Eesti_Esindaja_Kaug-Idas_ja_Hiinas, lk 13
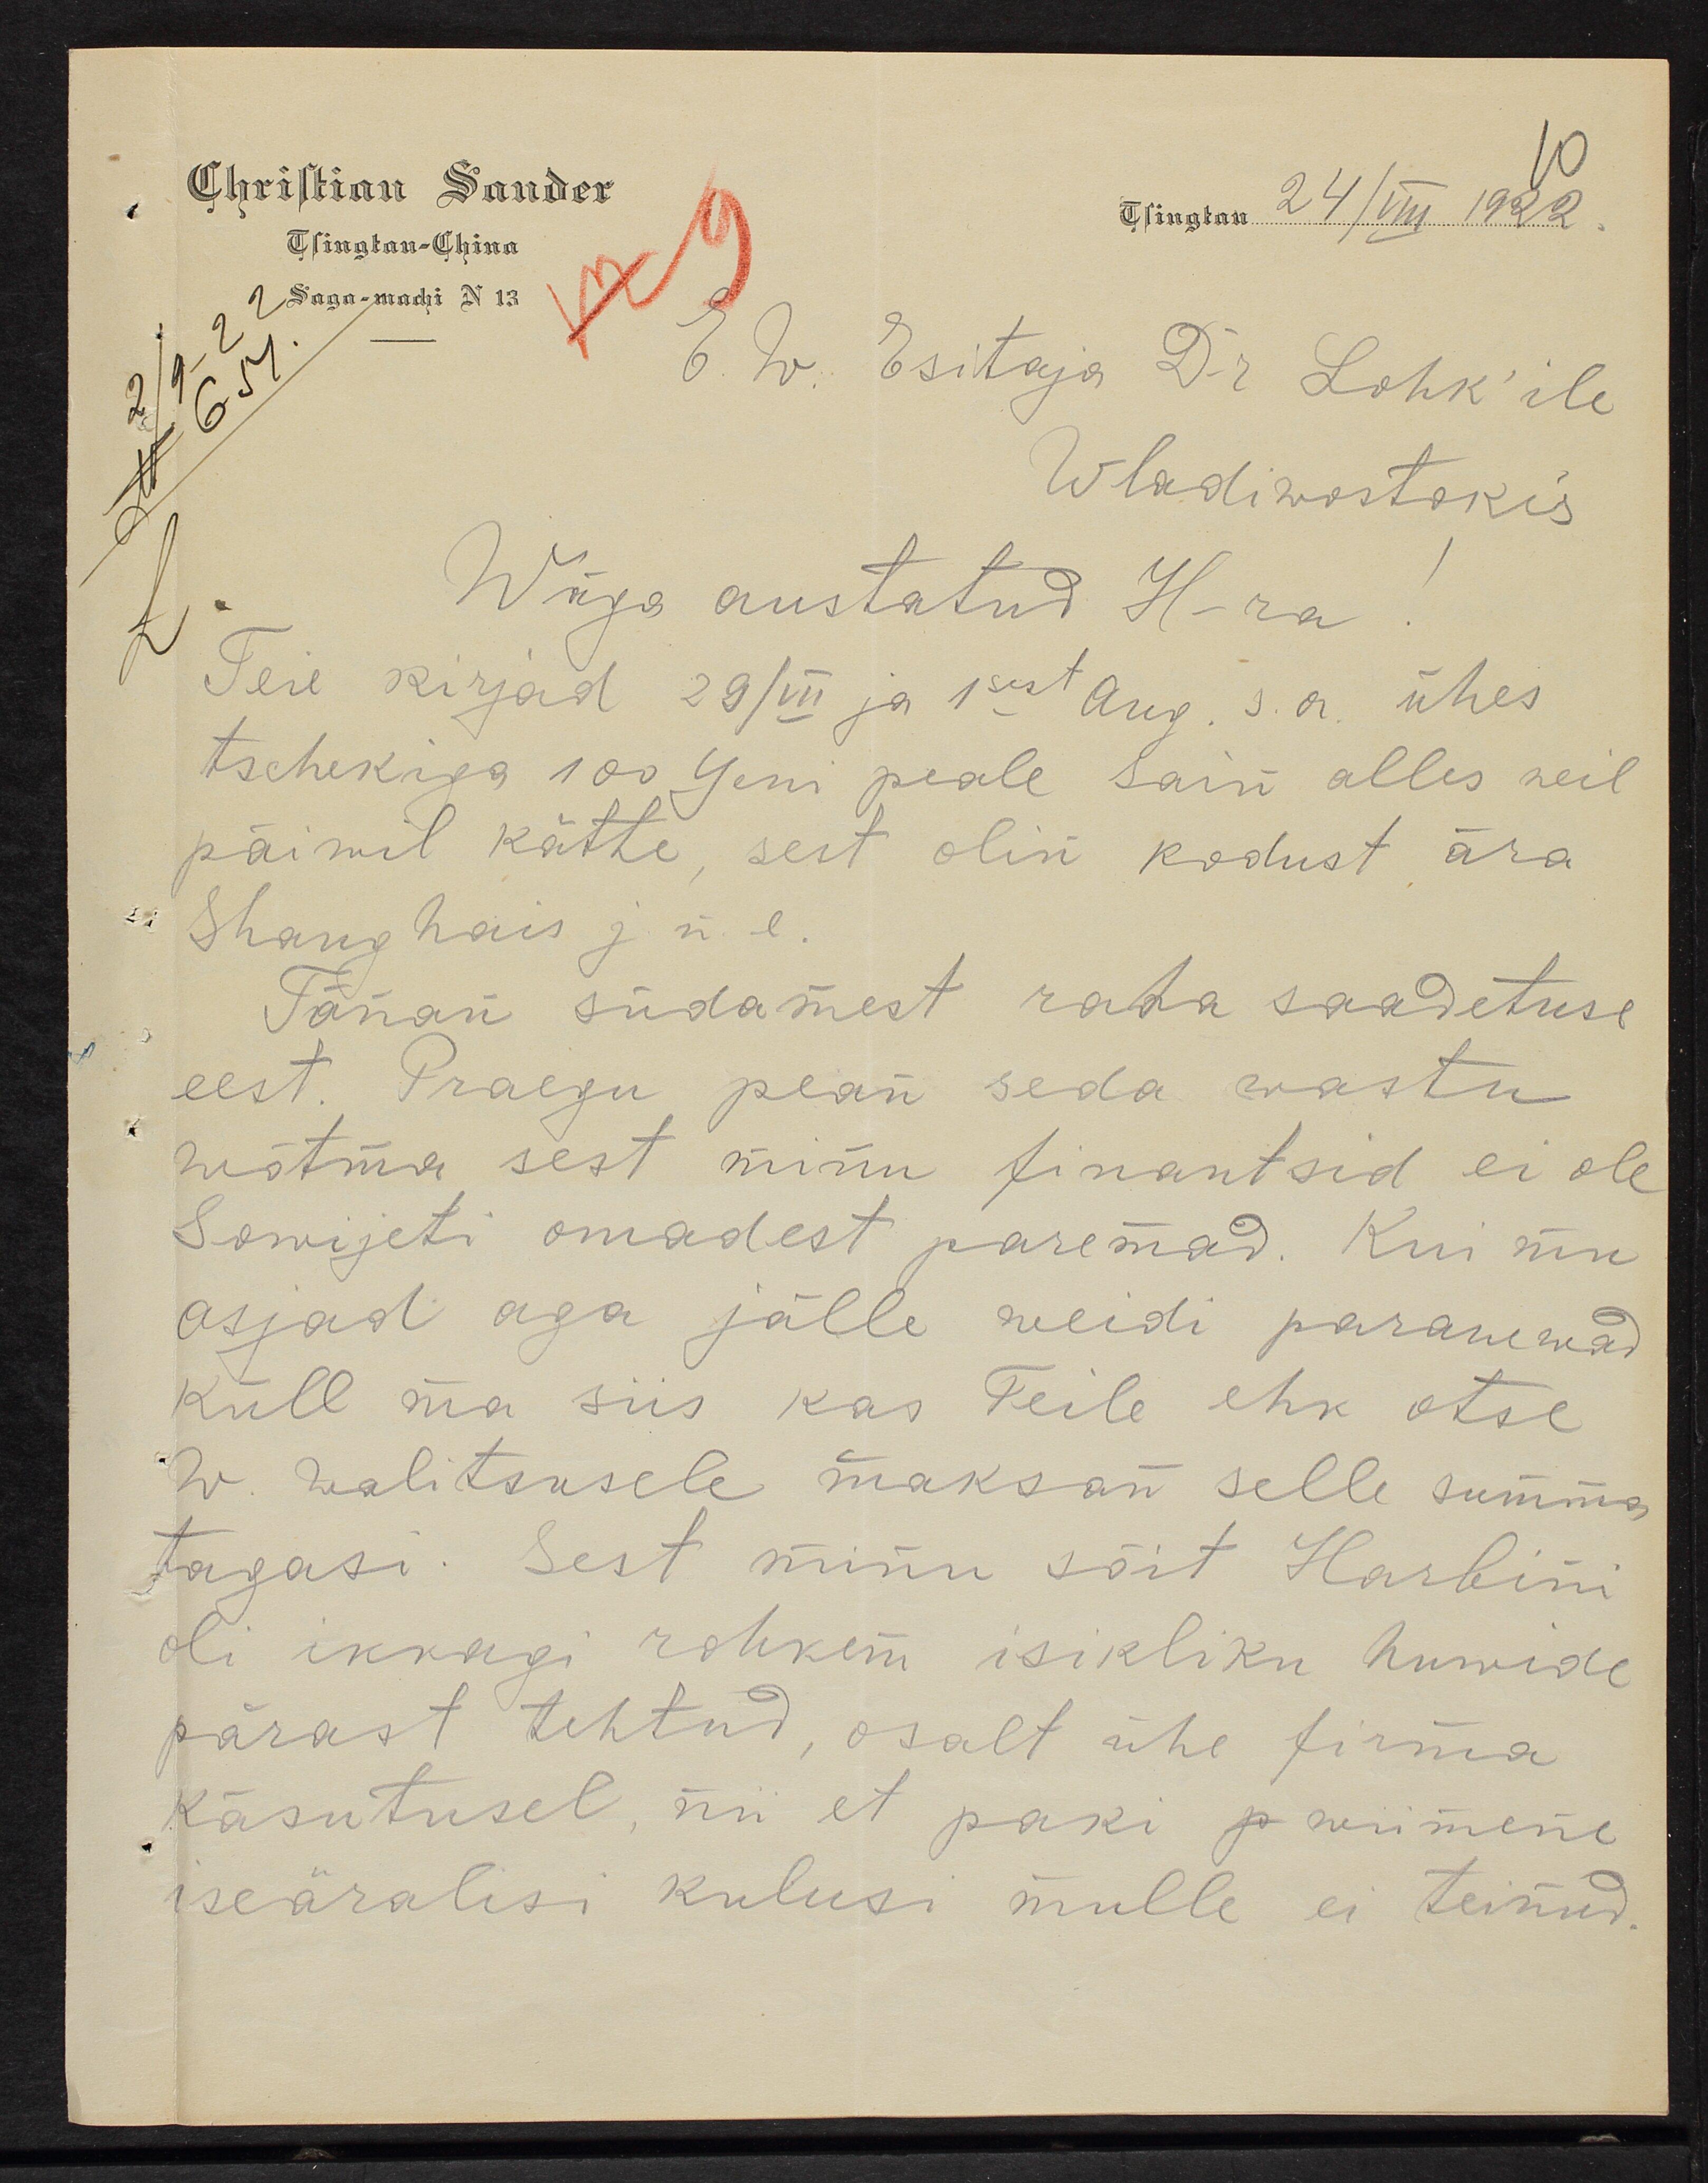
10
Christian Sander
Tsingtan 24/VIII 1922
Tsingtan-China
Saga-machi N 13
E. W. Esitaja Dr Lohk'ile
2/9 - 22
N 651
Wladiwostokis
Wäga austatud H-ra
Teie kirjad 29/VII ja 1sest aug, s.a ühes
tschekiga 100 Yeni peale sain alles neil
päiwil kätte, sest olin kodust ära
Shanghais j.n.e.
Tänan südamest raha saadetuse
eest. Praegu pean seda wastu
wõtma sest minu finantsid ei ole
Sowijeti omadest paremad. Kui mu
asjad aga jälle weidi paranewad
Küll ma siis kas Teile ehk otse
W. walitsusele maksan selle summa
tagasi. Sest minu sõit Harbini
oli ikkagi rohkem isikliku huwide
pärast tehtud, osalt ühe firma
käsutusel, nii et paki  wiimene
iseäralisi kulusi mulle ei teinud